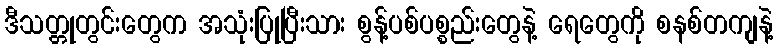
ဒီသတ္တုတွင်းတွေက အသုံးပြုပြီးသား စွန့်ပစ်ပစ္စည်းတွေနဲ့ ရေတွေကို စနစ်တကျနဲ့